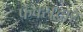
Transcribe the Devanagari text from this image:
फॅक्सद्वारे